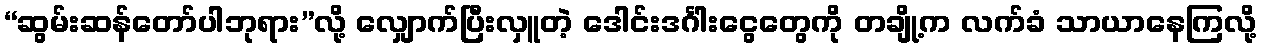
“ဆွမ်းဆန်တော်ပါဘုရား”လို့ လျှောက်ပြီးလှူတဲ့ ဒေါင်းဒင်္ဂါးငွေတွေကို တချို့က လက်ခံ သာယာနေကြလို့